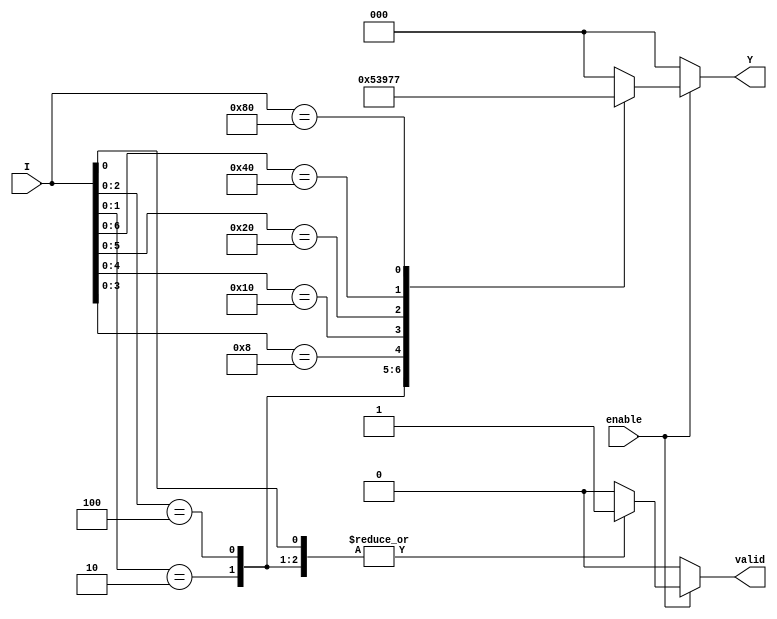
module encoder_8_to_3 (
    input wire [7:0] I,       // 8 input lines
    input wire enable,        // Enable signal
    output reg [2:0] Y,       // 3 output lines
    output reg valid          // Valid signal to indicate output is valid
);

// Always block for combinational logic
always @(*) begin
    // Default outputs
    Y = 3'b000;         // Default output when no inputs are active
    valid = 1'b0;      // Default to invalid output

    if (enable) begin
        casez (I)
            8'b???????1: begin Y = 3'b000; valid = 1'b1; end // I[0]
            8'b??????10: begin Y = 3'b001; valid = 1'b1; end // I[1]
            8'b?????100: begin Y = 3'b010; valid = 1'b1; end // I[2]
            8'b????1000: begin Y = 3'b011; valid = 1'b1; end // I[3]
            8'b???10000: begin Y = 3'b100; valid = 1'b1; end // I[4]
            8'b??100000: begin Y = 3'b101; valid = 1'b1; end // I[5]
            8'b?1000000: begin Y = 3'b110; valid = 1'b1; end // I[6]
            8'b10000000: begin Y = 3'b111; valid = 1'b1; end // I[7]
            default: begin Y = 3'b000; valid = 1'b0; end // No valid input
        endcase
    end else begin
        Y = 3'b000; // When enable is low, output is set to default.
        valid = 1'b0; // Also consider output invalid.
    end
end

endmodule